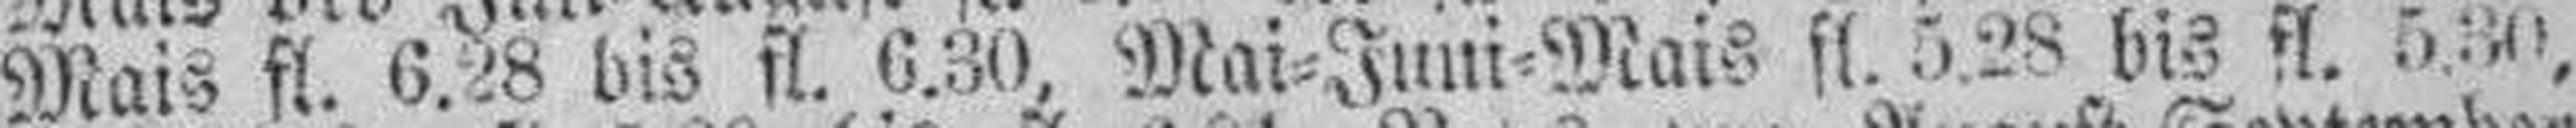
Mais fl. 6.28 bis sl. 6.30, Mai=Juni=Mais fl. 5.28 bis fl. 5.30,